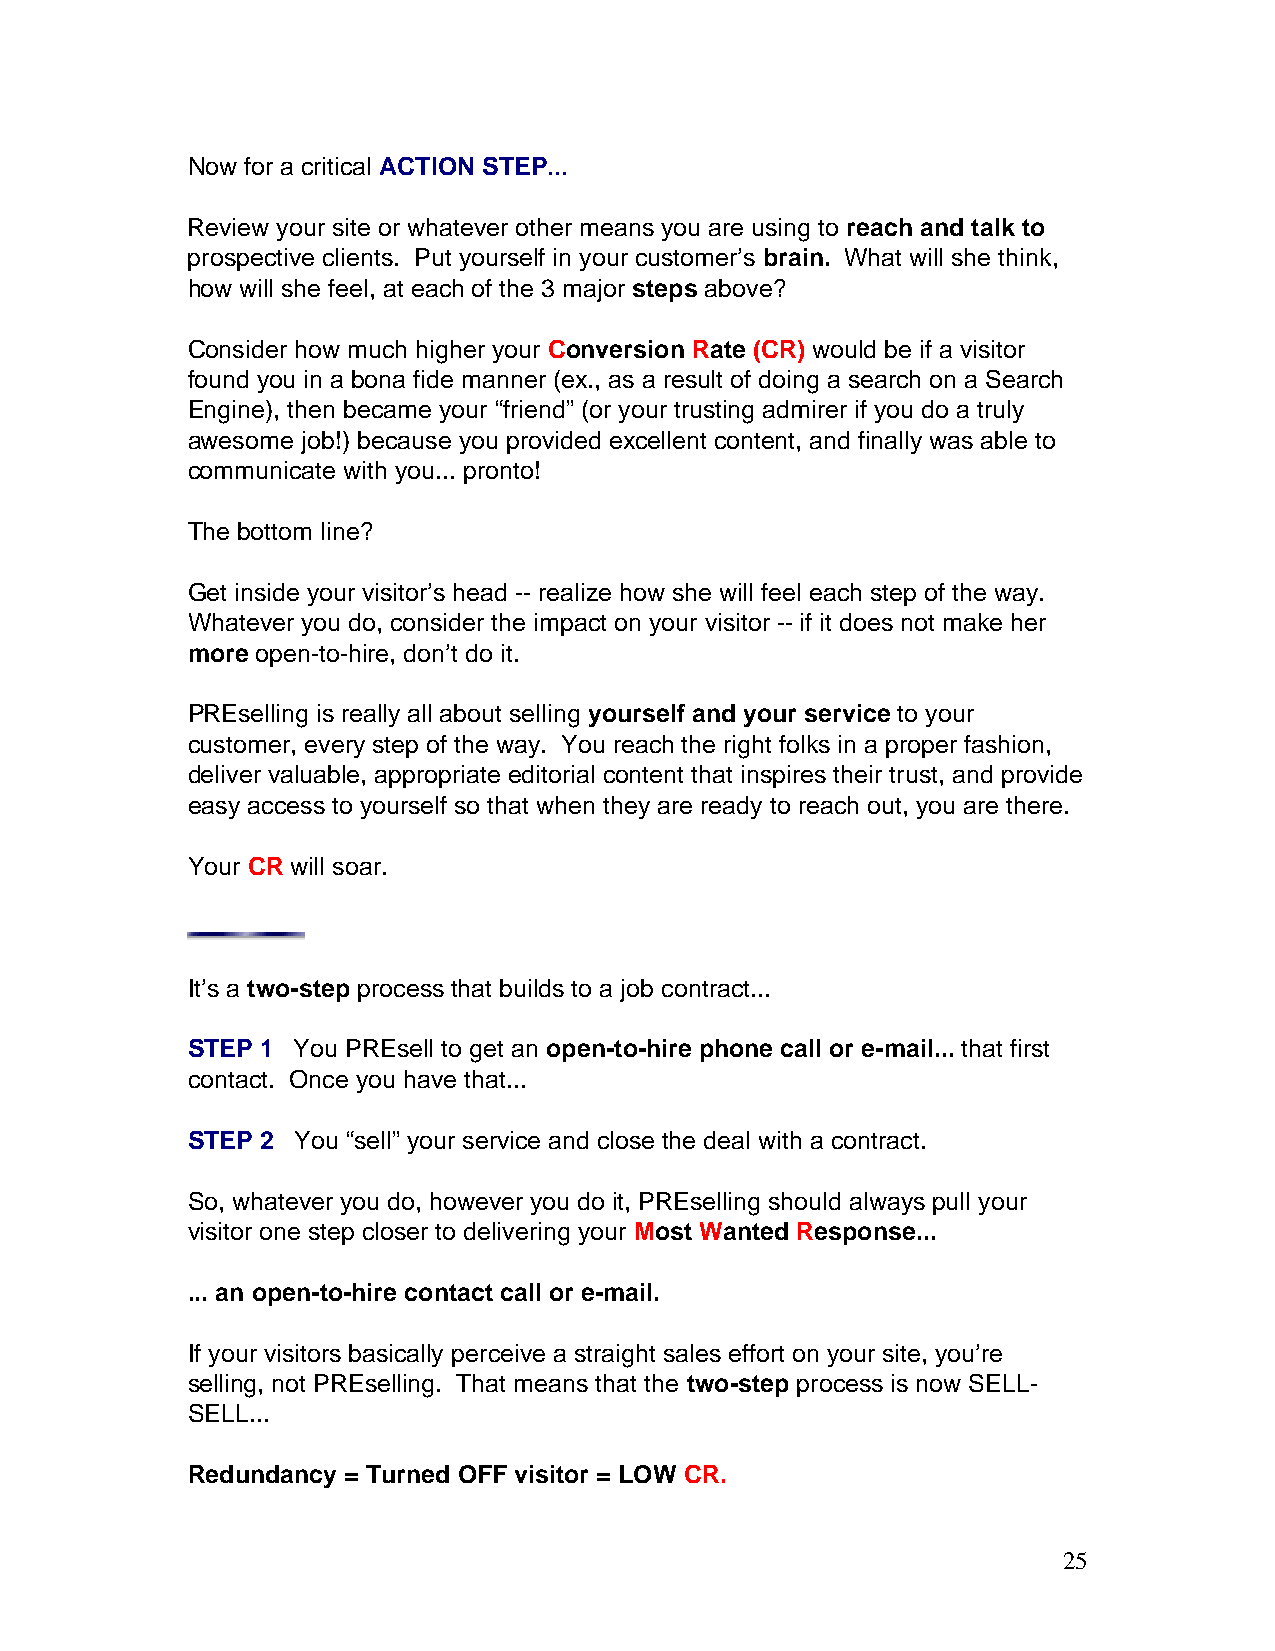
Now for a critical ACTION STEP...
 Review your site or whatever other means you are using to reach and talk to
 prospective clients. Put yourself in your customer’s brain. What will she think,
 how will she feel, at each of the 3 major steps above?
 Consider how much higher your Conversion Rate (CR) would be if a visitor
 found you in a bona fide manner (ex., as a result of doing a search on a Search
 Engine), then became your “friend” (or your trusting admirer if you do a truly
 awesome job!) because you provided excellent content, and finally was able to
 communicate with you... pronto!
 The bottom line?
 Get inside your visitor’s head -- realize how she will feel each step of the way.
 Whatever you do, consider the impact on your visitor -- if it does not make her
 more open-to-hire, don’t do it.
 PREselling is really all about selling yourself and your service to your
 customer, every step of the way. You reach the right folks in a proper fashion,
 deliver valuable, appropriate editorial content that inspires their trust, and provide
 easy access to yourself so that when they are ready to reach out, you are there.
 Your CR will soar.
 It’s a two-step process that builds to a job contract...
 STEP 1 You PREsell to get an open-to-hire phone call or e-mail... that first
 contact. Once you have that...
 STEP 2 You “sell” your service and close the deal with a contract.
 So, whatever you do, however you do it, PREselling should always pull your
 visitor one step closer to delivering your Most Wanted Response...
 ... an open-to-hire contact call or e-mail.
 If your visitors basically perceive a straight sales effort on your site, you’re
 selling, not PREselling. That means that the two-step process is now SELL-
 SELL...
 Redundancy = Turned OFF visitor = LOW CR.
 25